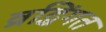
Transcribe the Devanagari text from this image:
व्रद्धिंगत